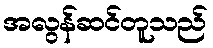
အလွန်ဆင်တူသည်